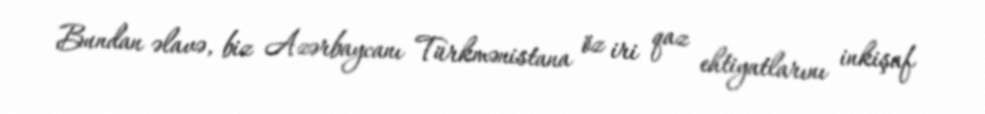
Bundan əlavə, biz Azərbaycanı Türkmənistana öz iri qaz ehtiyatlarını inkişaf